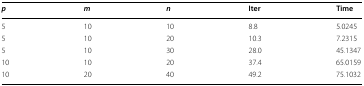
<table><thead><tr><td><b><i>p</i></b></td><td><b><i>m</i></b></td><td><b><i>n</i></b></td><td><b>Iter</b></td><td><b>Time</b></td></tr></thead><tbody><tr><td>5</td><td>10</td><td>10</td><td>8.8</td><td>5.0245</td></tr><tr><td>5</td><td>10</td><td>20</td><td>10.3</td><td>7.2315</td></tr><tr><td>5</td><td>10</td><td>30</td><td>28.0</td><td>45.1347</td></tr><tr><td>10</td><td>10</td><td>20</td><td>37.4</td><td>65.0159</td></tr><tr><td>10</td><td>20</td><td>40</td><td>49.2</td><td>75.1032</td></tr></tbody></table>